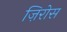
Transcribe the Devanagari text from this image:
ज़िरोस